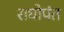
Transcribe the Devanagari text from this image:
राघोपंत